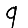
Digit: 9